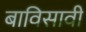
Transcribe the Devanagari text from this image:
बाविसावी